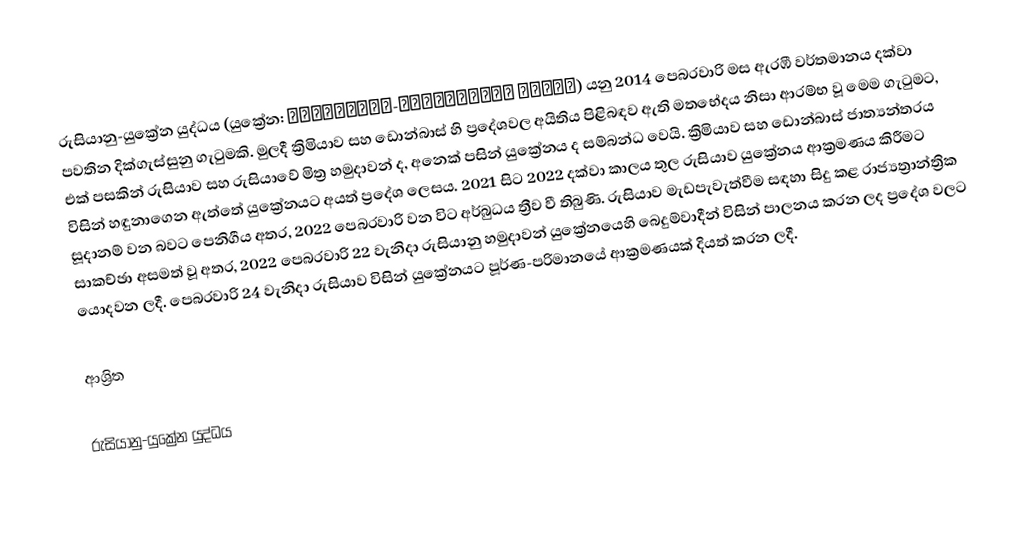
රුසියානු-යුක්‍රේන යුද්ධය (යුක්‍රේන: російсько-українська війна) යනු 2014 පෙබරවාරි මස ඇරඹී වර්තමානය දක්වා පවතින දික්ගැස්සුනු ගැටුමකි. මුලදී ක්‍රිමියාව සහ ඩොන්බාස් හි ප්‍රදේශවල අයිතිය පිළිබඳව ඇති මතභේදය නිසා ආරම්භ වූ මෙම ගැටුමට, එක් පසකින් රුසියාව සහ රුසියාවේ මිත්‍ර හමුදාවන් ද, අනෙක් පසින් යුක්‍රේනය ද සම්බන්ධ වෙයි. ක්‍රිමියාව සහ ඩොන්බාස් ජාත්‍යන්තරය විසින් හඳුනාගෙන ඇත්තේ යුක්‍රේනයට අයත් ප්‍රදේශ ලෙසය. 2021 සිට 2022 දක්වා කාලය තුල රුසියාව යුක්‍රේනය ආක්‍රමණය කිරීමට සූදානම් වන බවට පෙනිගීය අතර, 2022 පෙබරවාරි වන විට අර්බුධය ත්‍රීව වී තිබුණි. රුසියාව මැඩපැවැත්වීම සඳහා සිදු කළ රාජ්‍යත්‍රාන්ත්‍රික සාකච්ඡා අසමත් වූ අතර, 2022 පෙබරවාරි 22 වැනිදා රුසියානු හමුදාවන් යුක්‍රේනයෙහි බෙදුම්වාදීන් විසින් පාලනය කරන ලද ප්‍රදේශ වලට යොදවන ලදී. පෙබරවාරි 24 වැනිදා රුසියාව විසින් යුක්‍රේනයට පූර්ණ-පරිමානයේ ආක්‍රමණයක් දියත් කරන ලදී.

ආශ්‍රිත

රුසියානු-යුක්‍රේන යුද්ධය